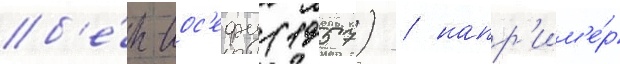
б'е́н-иос'ефу (1957) / напр'им'е́р